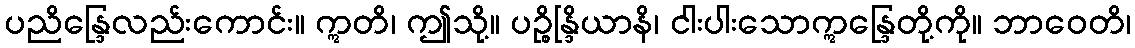
ပညိန္ဒြေလည်းကောင်း။ ဣတိ၊ ဤသို့။ ပဉ္စိန္ဒြိယာနိ၊ ငါးပါးသောဣန္ဒြေတို့ကို။ ဘာဝေတိ၊